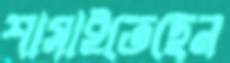
শাসাইতেছেন